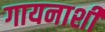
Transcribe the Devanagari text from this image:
गायनाशी